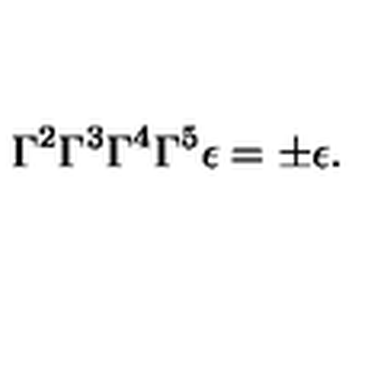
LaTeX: \Gamma ^ { 2 } \Gamma ^ { 3 } \Gamma ^ { 4 } \Gamma ^ { 5 } \epsilon = \pm \epsilon .